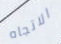
الاتجاه